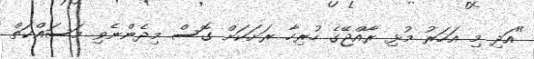
"އަދި މި އަހަރު މުޅި ރާއްޖޭގެ ހުރިހާ ރަށަކަށް ގޮސް މިދެންނެވި މަސައްކަތް